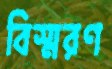
বিস্মরণ